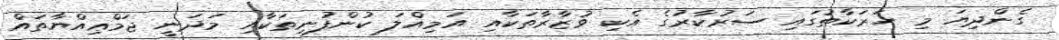
ގެންދިޔަ މި ހަރަކާތުގައި ސަރުކާރުގެ އެކި ވުޒާރާތަކާއި އަމިއްލަ ކުންފުނިތަކާއި މަދަނީ ޖަމްޢިއްޔާތައް